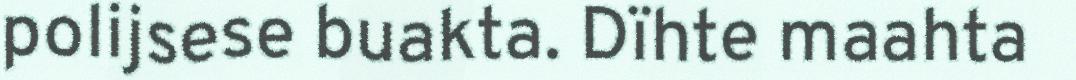
polijsese buakta. Dïhte maahta